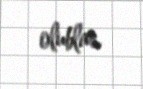
olublar.